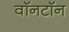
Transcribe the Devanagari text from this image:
वॉनटॉन